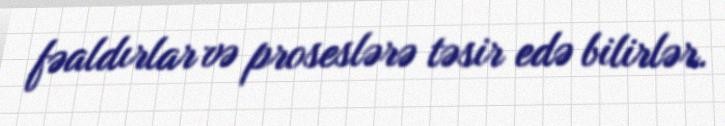
fəaldırlar və proseslərə təsir edə bilirlər.